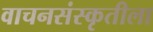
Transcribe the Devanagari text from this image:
वाचनसंस्कृतीला